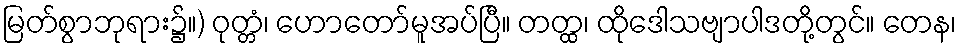
မြတ်စွာဘုရား၌။) ဝုတ္တံ၊ ဟောတော်မူအပ်ပြီ။ တတ္ထ၊ ထိုဒေါသဗျာပါဒတို့တွင်။ တေန၊